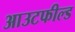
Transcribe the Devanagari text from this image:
आउटफील्‍ड